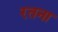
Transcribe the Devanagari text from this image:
रतना